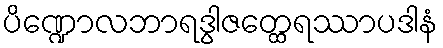
ပိဏ္ဍောလဘာရဒွါဇတ္ထေရဿာပဒါနံ